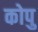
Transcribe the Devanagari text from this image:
कोपु